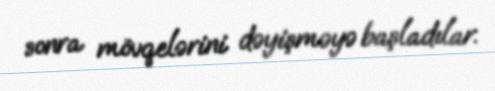
sonra mövqelərini dəyişməyə başladılar.